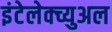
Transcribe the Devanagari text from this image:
इंटेलेक्च्युअल